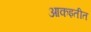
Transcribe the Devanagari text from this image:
आकइतीत